341_110677_Numerical_File,_5-2500
Agency: Department of War
Incident date: 10/14/55
Incident location: Azerbaijan
Page 4
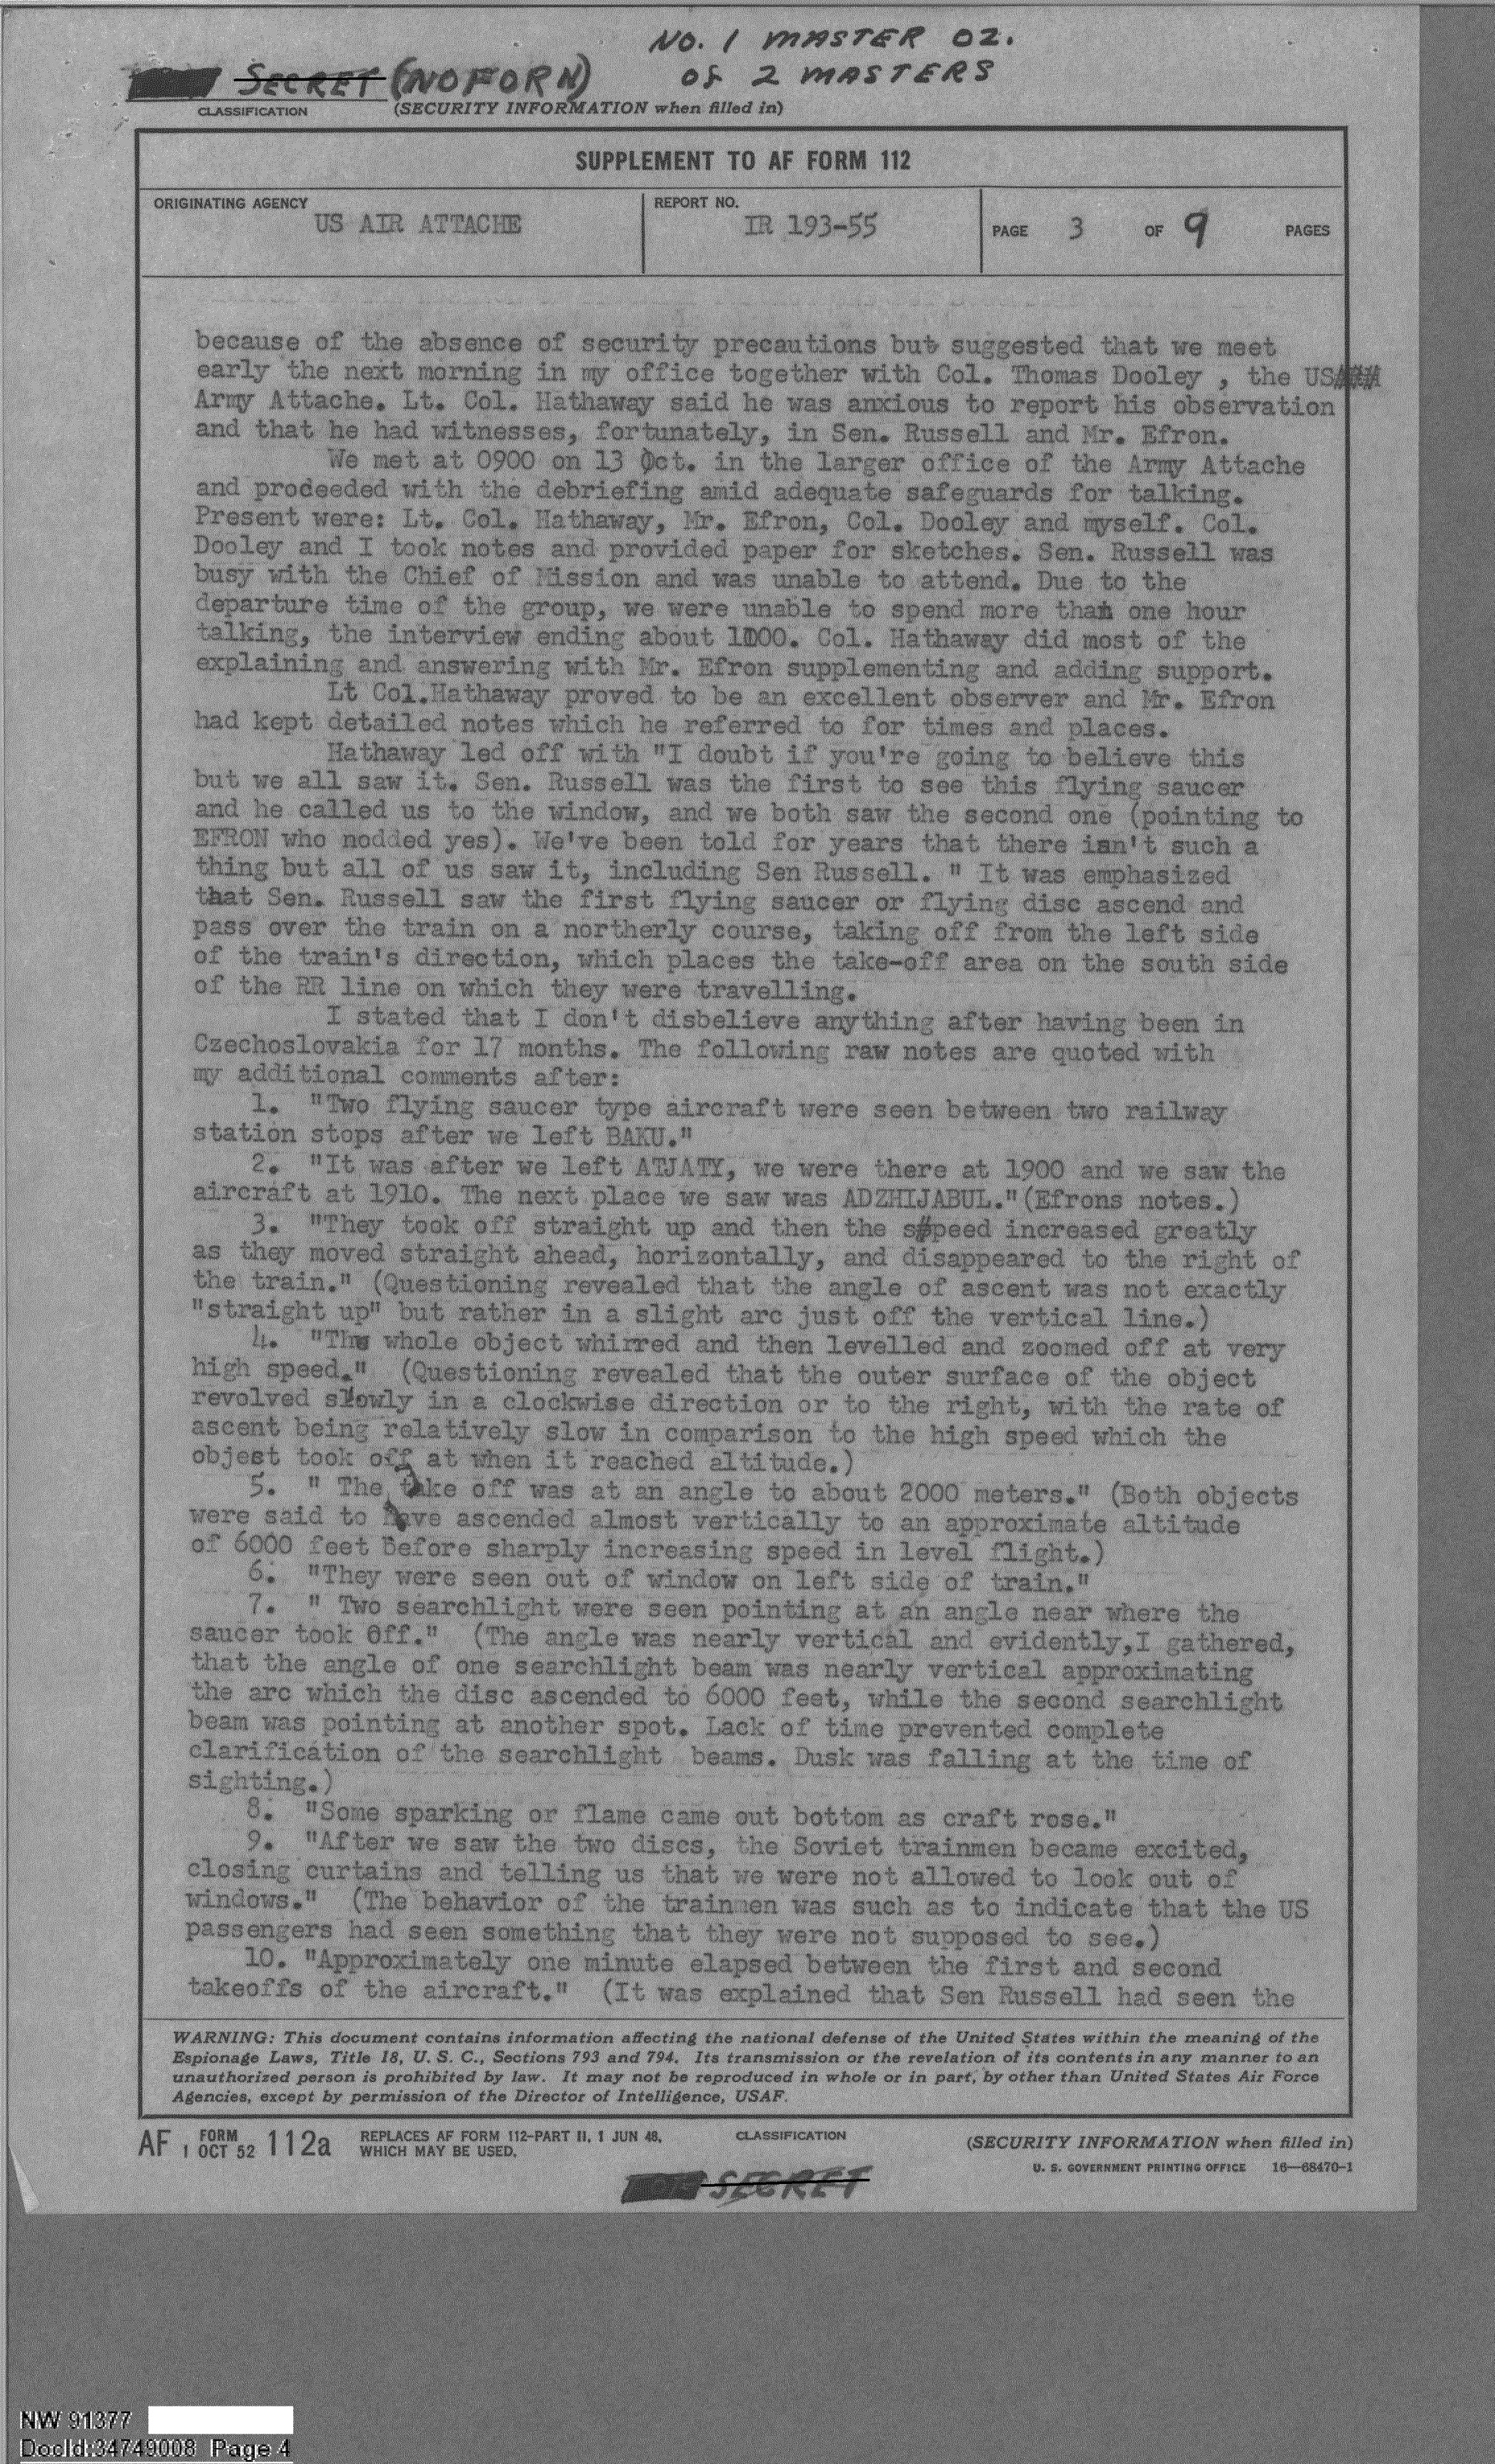